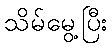
သိမ်မွေ့ပြီး